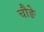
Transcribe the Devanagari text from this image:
चौङे